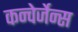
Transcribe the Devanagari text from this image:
कन्वेर्जेन्स